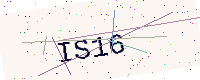
Text: IS16